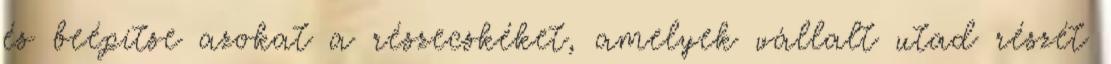
és beépítse azokat a részecskéket, amelyek vállalt utad részét